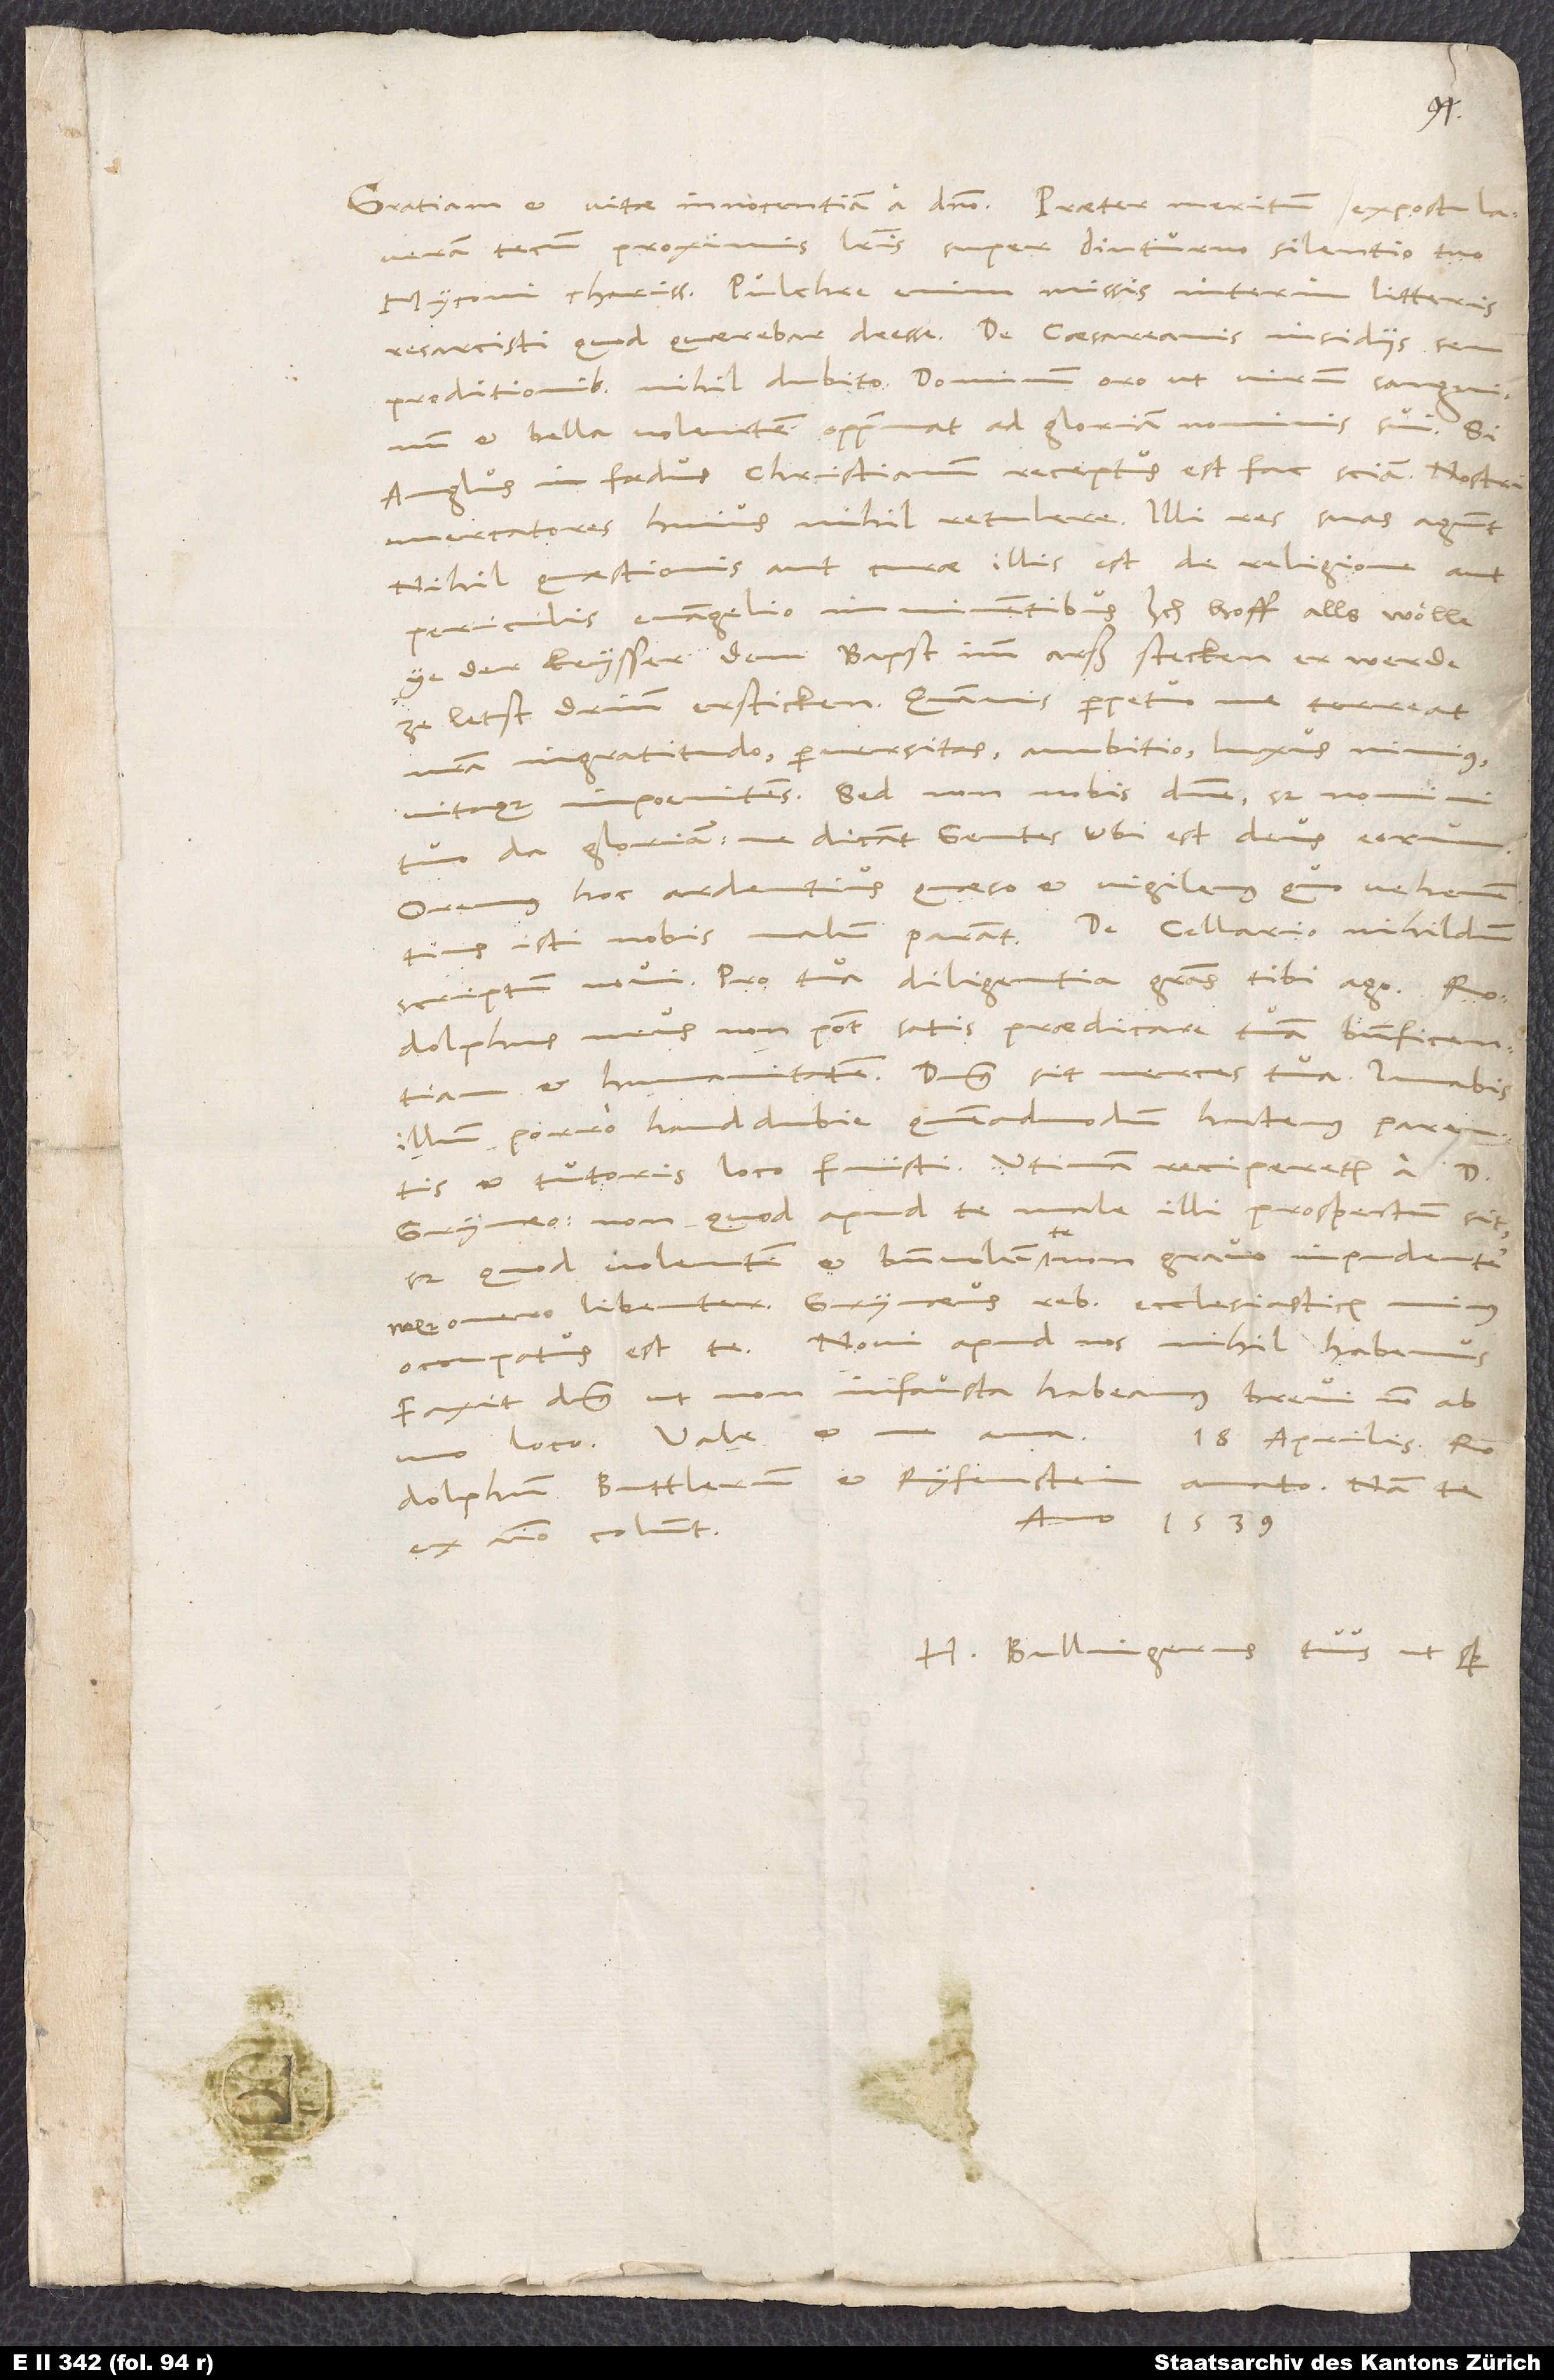
tecum proximis litteris super diuturno silentio tuo,
Myconi charissime. Pulchre enim missis interim litteris
proditionibus nihil dubito. Dominum oro, ut virum sanguinem
et bella volentem opprimat ad gloriam nominis sui. Si
Anglus in foedus christianum receptus est, fac sciam. Nostri
mercatores huius nihil retulere. Illi res suas agunt.
Nihil quaestionis aut curae illis est de religione aut
periculis evangelio imminentibus. Ich hoff alls, wölle
ye der keysser dem bapst imm arß stecken, er werde
ze letst drinn ersticken. Quamvis perpetuo me terreat
nostra ingratitudo, perversitas, ambitio, luxus nimius
vitaque impoenitens. Sed „non nobis, domine, sed nomini
tuo da gloriam, ne dicant gentes: Ubi est deus eorum.“
hoc ardentius, quaseo, et vigilemus, quo vehementius
scriptum novi. Pro tua diligentia gratias tibi ago.
Rodolphus meus non potest satis praedicare tuam beneficentiam
et humanitatem. Dominus sit merces tua. Iuvabis
illum porro haud dubie, quemadmodum hactenus parentis
et tutoris loco fuisti. Utinam reciperetur a d.
Grynaeo; non quod apud te male illi prospectum sit,
sed quod volentem et benevolum te non gravo impudenter
neque onero libenter. Grynaeus rebus ecclesiasticis minus
Faxit dominus, ut non infausta habeamus brevi non ab
a
18. aprilis.
Rodolphum, Buttlerum et Ryfenstein amato; nam te
Anno 1539.
ex animo colunt.
H. Bullingerus tuus ut semper.